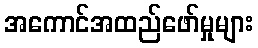
အကောင်အထည်ဖော်မှုများ